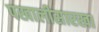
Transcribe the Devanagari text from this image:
पखालीसारखा